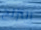
التزلج